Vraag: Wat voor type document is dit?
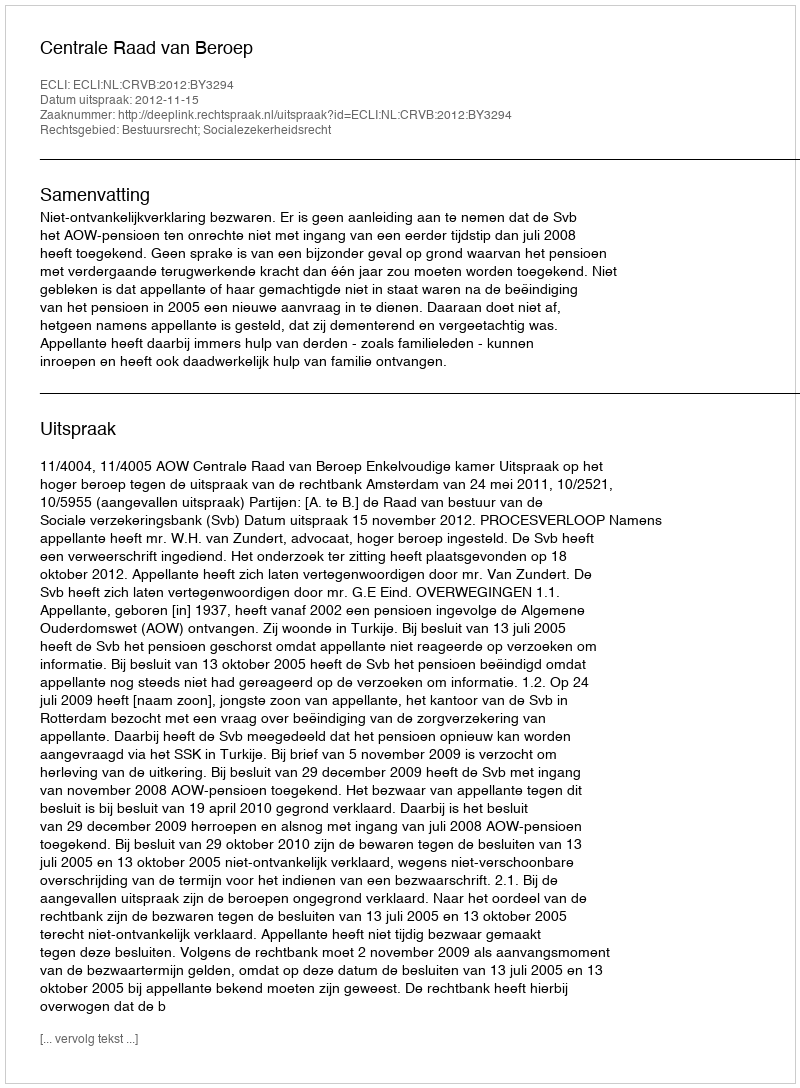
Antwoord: Uitspraak